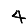
Digit: 4